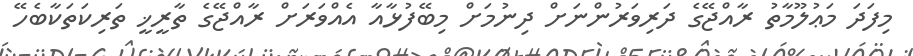
މިފަދަ މަޢުލޫމާތު ރާއްޖޭގެ ދަރިވަރުންނަށް ދިނުމަށް މިބޭފުޅާއާ އެއްވަރަށް ރާއްޖޭގެ ތާރީޚީ ތަރިކަތަކާބެހޭ